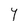
Character: Y